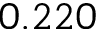
0 . 2 2 0